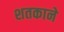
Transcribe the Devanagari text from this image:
शतकाने